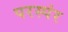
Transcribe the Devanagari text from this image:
परस्पंर